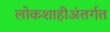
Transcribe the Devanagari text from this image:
लोकशाहीअंतर्गत